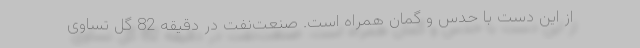
از این دست با حدس و گمان همراه است. صنعت‌نفت در دقیقه 82 گل تساوی